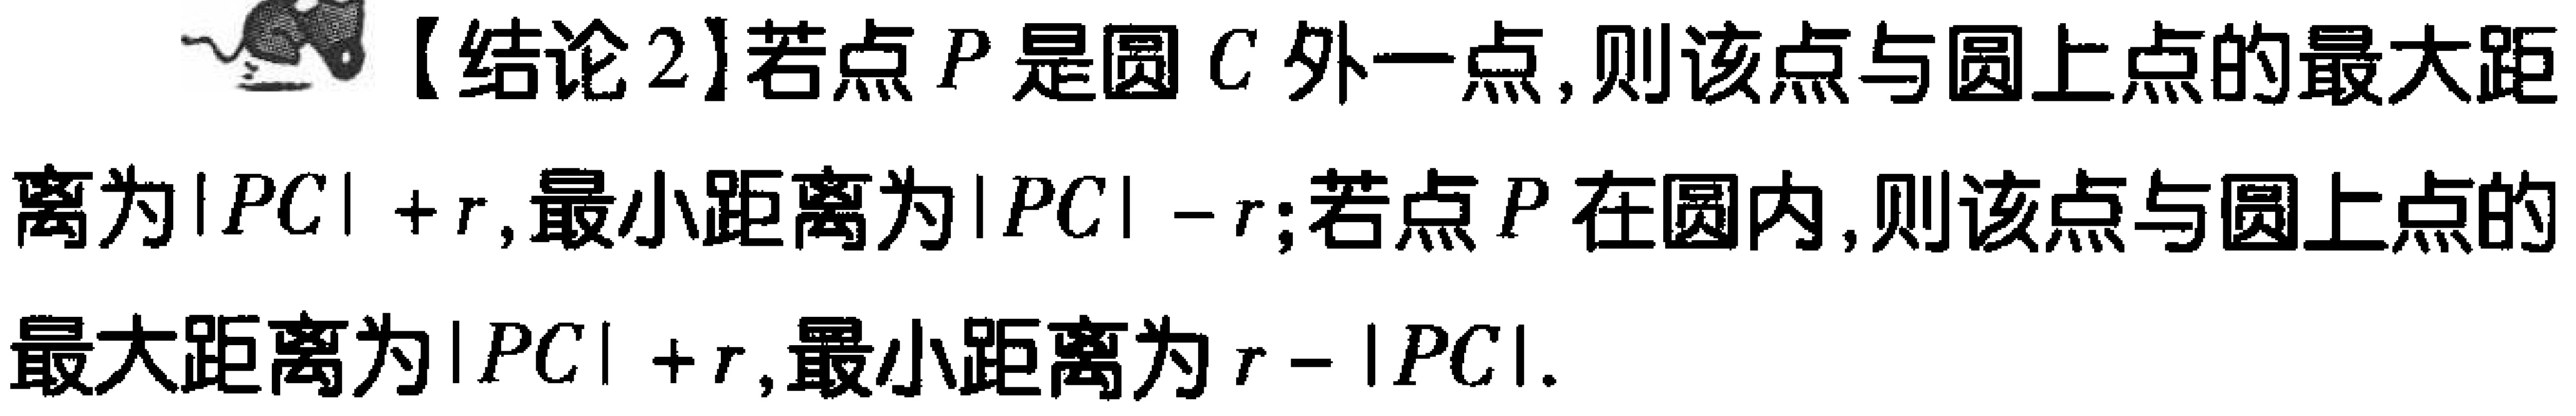
【结论2】若点\(P\)是圆\(C\)外一点，则该点与圆上点的最大距离为\(\vert PC\vert +r\)，最小距离为\(\vert PC\vert -r\)；若点\(P\)在圆内，则该点与圆上点的最大距离为\(\vert PC\vert +r\)，最小距离为\(r - \vert PC\vert\)。